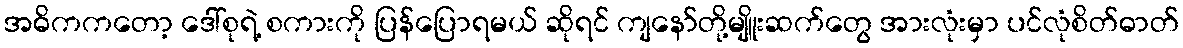
အဓိကကတော့ ဒေါ်စုရဲ့ စကားကို ပြန်ပြောရမယ် ဆိုရင် ကျနော်တို့မျိူးဆက်တွေ အားလုံးမှာ ပင်လုံစိတ်ဓာတ်